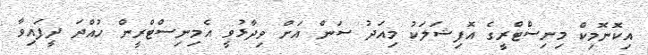
އިކޮނޮމިކް މިނިސްޓްރީގެ އޮފިޝަލަކު މިއަދު ސަން އަށް ވިދާޅުވީ އެމިނިސްޓްރީން ހުއްދަ ދީފައިވާ